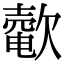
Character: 𣤟